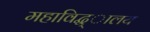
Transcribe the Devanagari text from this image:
महाविद्ध्ालय